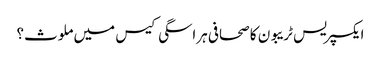
ایکسپریس ٹریبون کا صحافی ہراسگی کیس میں ملوث؟